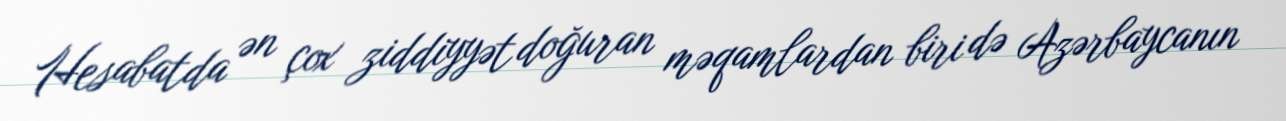
Hesabatda ən çox ziddiyyət doğuran məqamlardan biri də Azərbaycanın